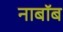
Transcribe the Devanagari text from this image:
नाबॉब